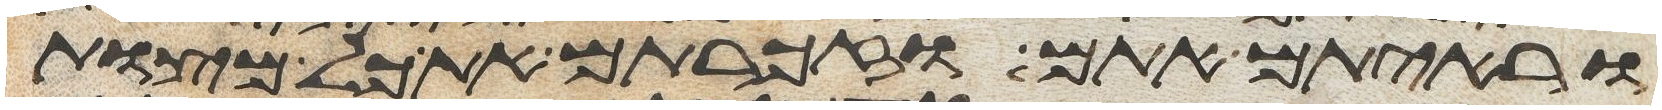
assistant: וראיתם אתם וזכרתם את כל מצות